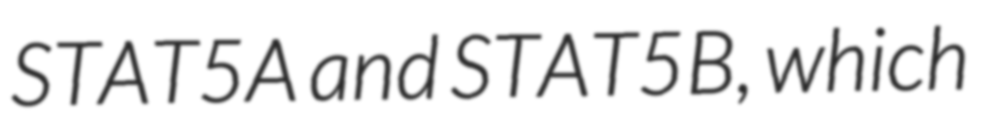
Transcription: STAT5A and STAT5B, which